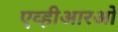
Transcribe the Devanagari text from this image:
एव्हीआरओ